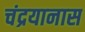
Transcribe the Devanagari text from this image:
चंद्रयानास